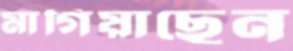
মাগিয়াছেন